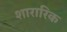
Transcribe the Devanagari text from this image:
शारारिक